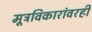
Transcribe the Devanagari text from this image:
मूत्रविकारांवरही